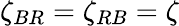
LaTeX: \zeta_{BR}=\zeta_{RB}=\zeta